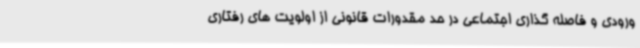
ورودی و فاصله گذاری اجتماعی در حد مقدورات قانونی از اولویت های رفتاری